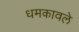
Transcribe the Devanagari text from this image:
धमकावले